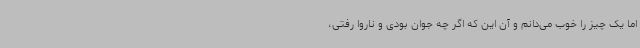
اما یک چیز را خوب می‌دانم و آن این که اگر چه جوان بودی و ناروا رفتی،